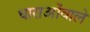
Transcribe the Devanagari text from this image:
धाराओंवाले